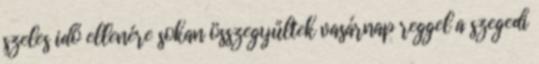
szeles idő ellenére sokan összegyűltek vasárnap reggel a szegedi